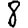
Digit: 8